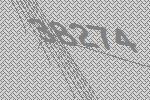
38274